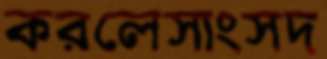
করলেসাংসদ